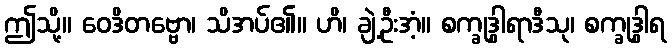
ဤသို့။ ဝေဒိတဗ္ဗော၊ သိအပ်၏။ ဟိ၊ ချဲ့ဦးအံ့။ စက္ခုဒွါရာဒီသု၊ စက္ခုဒွါရ